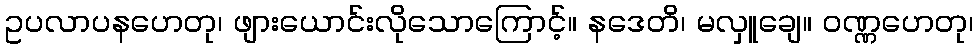
ဥပလာပနဟေတု၊ ဖျားယောင်းလိုသောကြောင့်။ နဒေတိ၊ မလှူချေ။ ဝဏ္ဏဟေတု၊